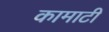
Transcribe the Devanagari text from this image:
कामाटी